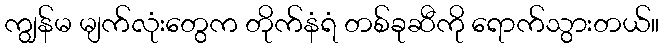
ကျွန်မ မျက်လုံးတွေက တိုက်နံရံ တစ်ခုဆီကို ရောက်သွားတယ်။